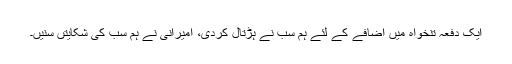
ایک دفعہ تنخواہ میں اضافے کے لئے ہم سب نے ہڑتال کردی، امیرانی نے ہم سب کی شکایتں سنیں۔